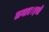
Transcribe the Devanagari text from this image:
लगाए।इसी